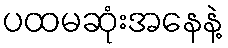
ပထမဆုံးအနေနဲ့